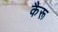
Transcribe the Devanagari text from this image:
कैरू